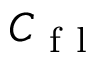
C _ { \mathrm { ~ f ~ l ~ } }